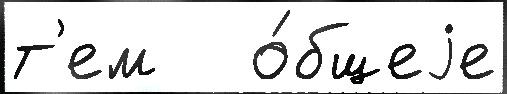
т'ем   о́бщеjе